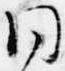
同